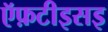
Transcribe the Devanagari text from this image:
ऍफ़टीइसइ